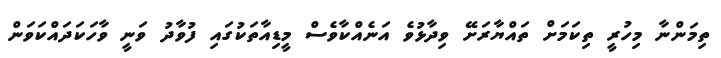
ތިމަންނާ މިހުރީ ތިކަމަށް ތައްޔާރަށޭ ވިދާޅުވެ އަނެއްކާވެސް މީޑިއާތަކުގައި ފުވާދު ވަނީ ވާހަކަދައްކަވަން